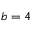
b = 4